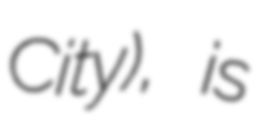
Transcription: City), is